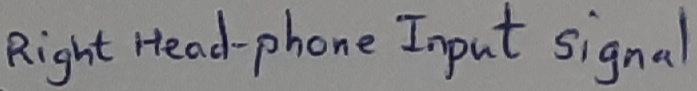
Text: Right headphone-Input signal